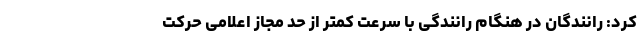
کرد: رانندگان در هنگام رانندگی با سرعت کمتر از حد مجاز اعلامی حرکت